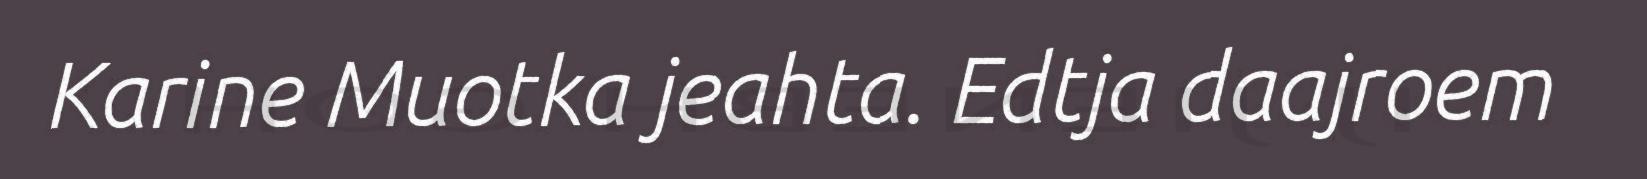
Karine Muotka jeahta. Edtja daajroem